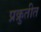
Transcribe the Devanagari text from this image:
प्रक्रुतीत